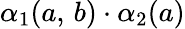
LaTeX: \alpha_{1}(a,\, b)\cdot\alpha_{2}(a)